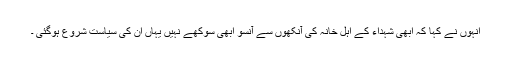
انہوں نے کہا کہ ابھی شہداء کے اہل خانہ کی آنکھوں سے آنسو ابھی سوکھے نہیں یہاں ان کی سیاست شروع ہوگئی ۔